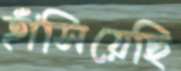
হাঁসিয়েছি